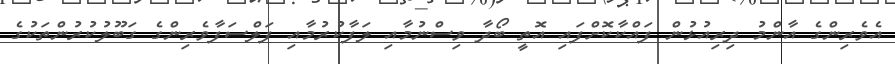
އެވެރިންގެ އާންމު ދިރިއުޅުން ފައްކާކޮށްފައި އޮތީ ބޯދާ ވިސްނުމާއި ލަފާކުރުމާއި ފަލްސަފާވެރިންގެ ގަބޫލުކުރުންތަކުގެ